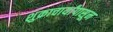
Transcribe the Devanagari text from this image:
शुक्राचार्यांपासून